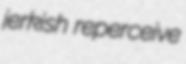
jerkish reperceive